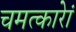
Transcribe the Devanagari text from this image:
चमत्कारेां